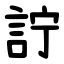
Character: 詝